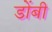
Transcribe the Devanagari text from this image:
डोंबी